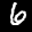
Label: 6